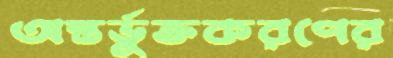
অন্তর্ভুক্তকরণের